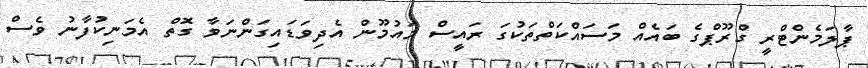
ޕާލަމެންޓްރީ ގްރޫޕްގެ ބައެއް މަސައްކަތްތަކުގަ ރައީސް މައުމޫން އެދިވަޑައިގަންނަވާ ގޮތް އެމަނިކުފާނު ވެސް